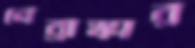
নেব্রাস্কার